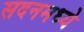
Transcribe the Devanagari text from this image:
सदनमध्ये